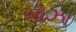
બોઝા